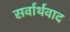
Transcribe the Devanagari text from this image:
सर्वार्थवाद